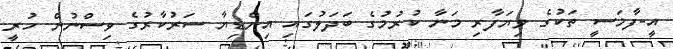
އީ-ފާމަސީ ތަކުގެ ވިޔަފާރި މަނާ ކުރުމުގެ ބަދަލުގައި އިންޑިޔާ ސަރުކާރުގެ ވިސްނުން ހުރީ